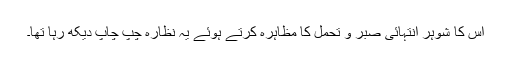
اس کا شوہر انتہائی صبر و تحمل کا مظاہرہ کرتے ہوئے یہ نظارہ چپ چاپ دیکھ رہا تھا۔